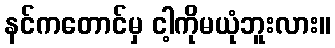
နင်ကတောင်မှ ငါ့ကိုမယုံဘူးလား။